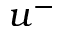
u ^ { - }